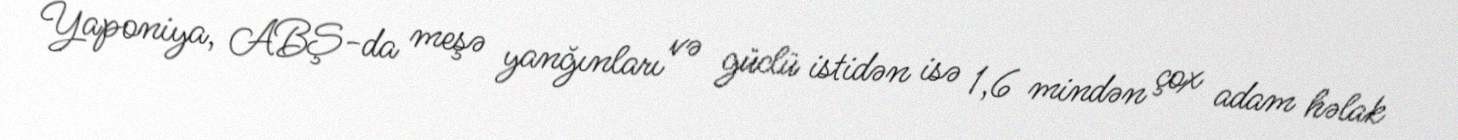
Yaponiya, ABŞ-da meşə yanğınları və güclü istidən isə 1,6 mindən çox adam həlak